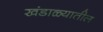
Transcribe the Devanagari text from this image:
खंडाळ्यातील